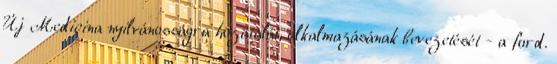
Új Medicina nyilvánosságra hozatalát, alkalmazásának bevezetését - a ford.